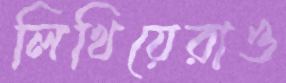
লিখিয়েরাও